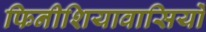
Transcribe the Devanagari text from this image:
फिनीशियावासियों